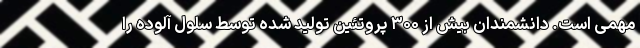
مهمی است. دانشمندان بیش از ۳۰۰ پروتئین تولید شده توسط سلول آلوده را